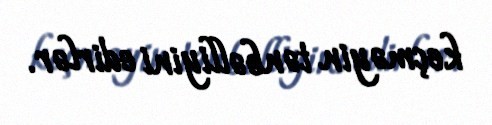
keçməyin tənbəlliyini edirlər.